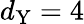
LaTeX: d_{\mathrm{Y}}=4